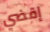
إقضي